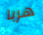
هربا